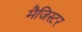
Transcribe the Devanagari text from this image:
मैजिस्टर